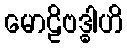
မောဠိဗဒ္ဓါဟိ